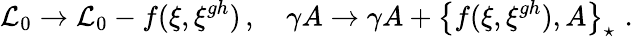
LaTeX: {\mathcal{L}_{0}}\rightarrow{\mathcal{L}_{0}}-f(\xi,\xi^{gh})\, ,\quad\gamma A\rightarrow\gamma A+\left\{ f(\xi,\xi^{gh}),A\right\} _{\star}\, \, .